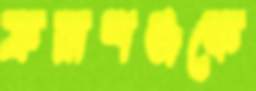
ফরাশঞ্জকে